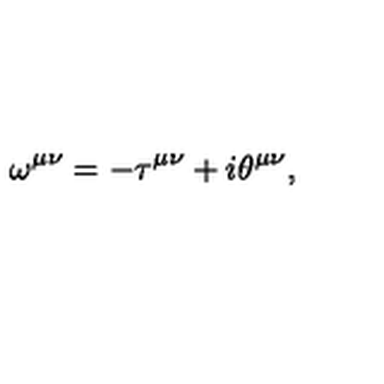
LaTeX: \omega ^ { \mu \nu } = - \tau ^ { \mu \nu } + i \theta ^ { \mu \nu } ,